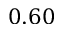
0 . 6 0